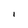
Character: I